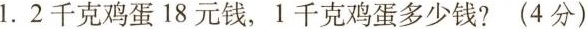
1.2千克鸡蛋18元钱，1千克鸡蛋多少钱?(4分)